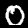
Label: 0